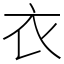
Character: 衣